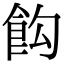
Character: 𩚘